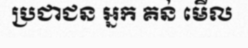
ប្រជាជន អ្នក គន់ មើល